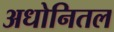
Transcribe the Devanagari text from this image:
अधोनितल